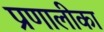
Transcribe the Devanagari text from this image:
प्रणालीका